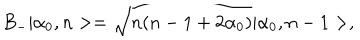
B _ { - } | \alpha _ { 0 } , n > = \sqrt { n ( n - 1 + 2 \alpha _ { 0 } ) } | \alpha _ { 0 } , n - 1 > ,